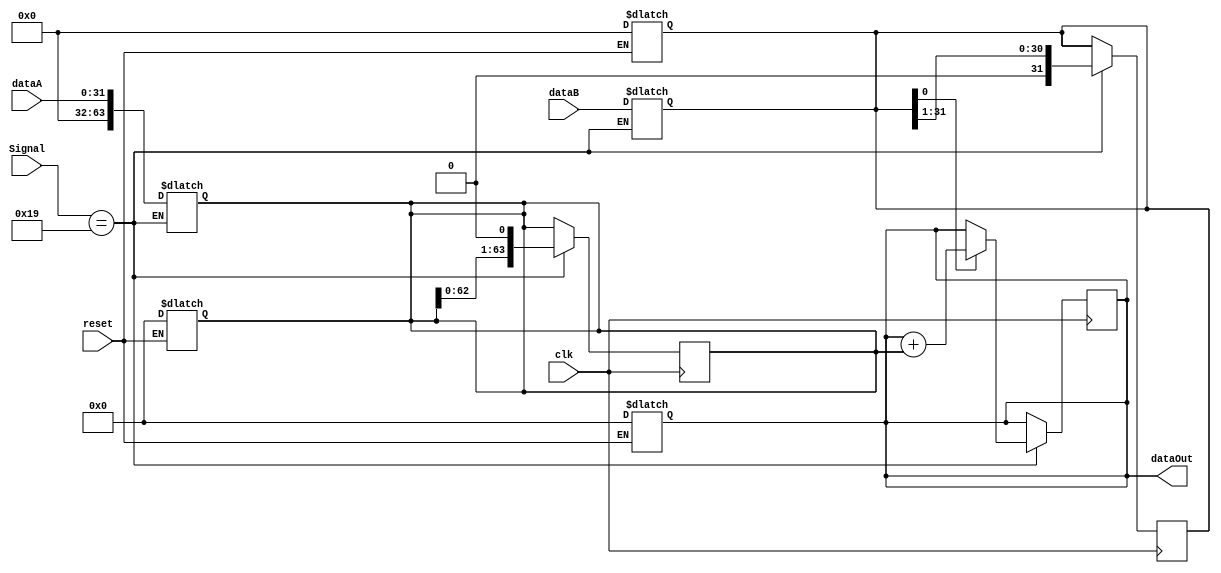
`timescale 1ns/1ns
module multiplier( clk, dataA, dataB, Signal, dataOut, reset );
input clk ;
input reset ;
input [31:0] dataA ;
input [31:0] dataB ;
input [5:0] Signal ;
output [63:0] dataOut ;


parameter MULTU = 6'b011001;
parameter OUT = 6'b111111;

// 
reg LSBofMultiplier;
reg [63:0] product ;
reg [63:0] multiplicandreg ;
reg [31:0] multipliereg ;

always@( reset )
begin
  if ( reset == 1 )
  begin
     product = 0 ;
	 multiplicandreg = 64'b0;
	 multipliereg = 32'b0 ;
	 LSBofMultiplier = 0;
  end
/*
 counter0
*/
end

always@( Signal ) begin
if( Signal == MULTU )
begin
	multiplicandreg = dataA;
	multipliereg = dataB;
end
end

always@( posedge clk ) begin
	if ( Signal == MULTU ) 
	begin
	LSBofMultiplier = multipliereg[0];
	if ( LSBofMultiplier == 1 )
	begin
		product = product + multiplicandreg;
	end
	multiplicandreg = multiplicandreg<<1;
	multipliereg = multipliereg>>1;
	end
end


assign dataOut = product;

endmodule